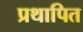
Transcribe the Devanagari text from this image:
प्रथापित